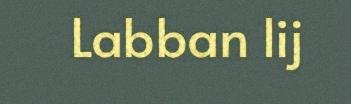
Labban lij